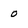
Character: 0